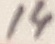
Text: 14